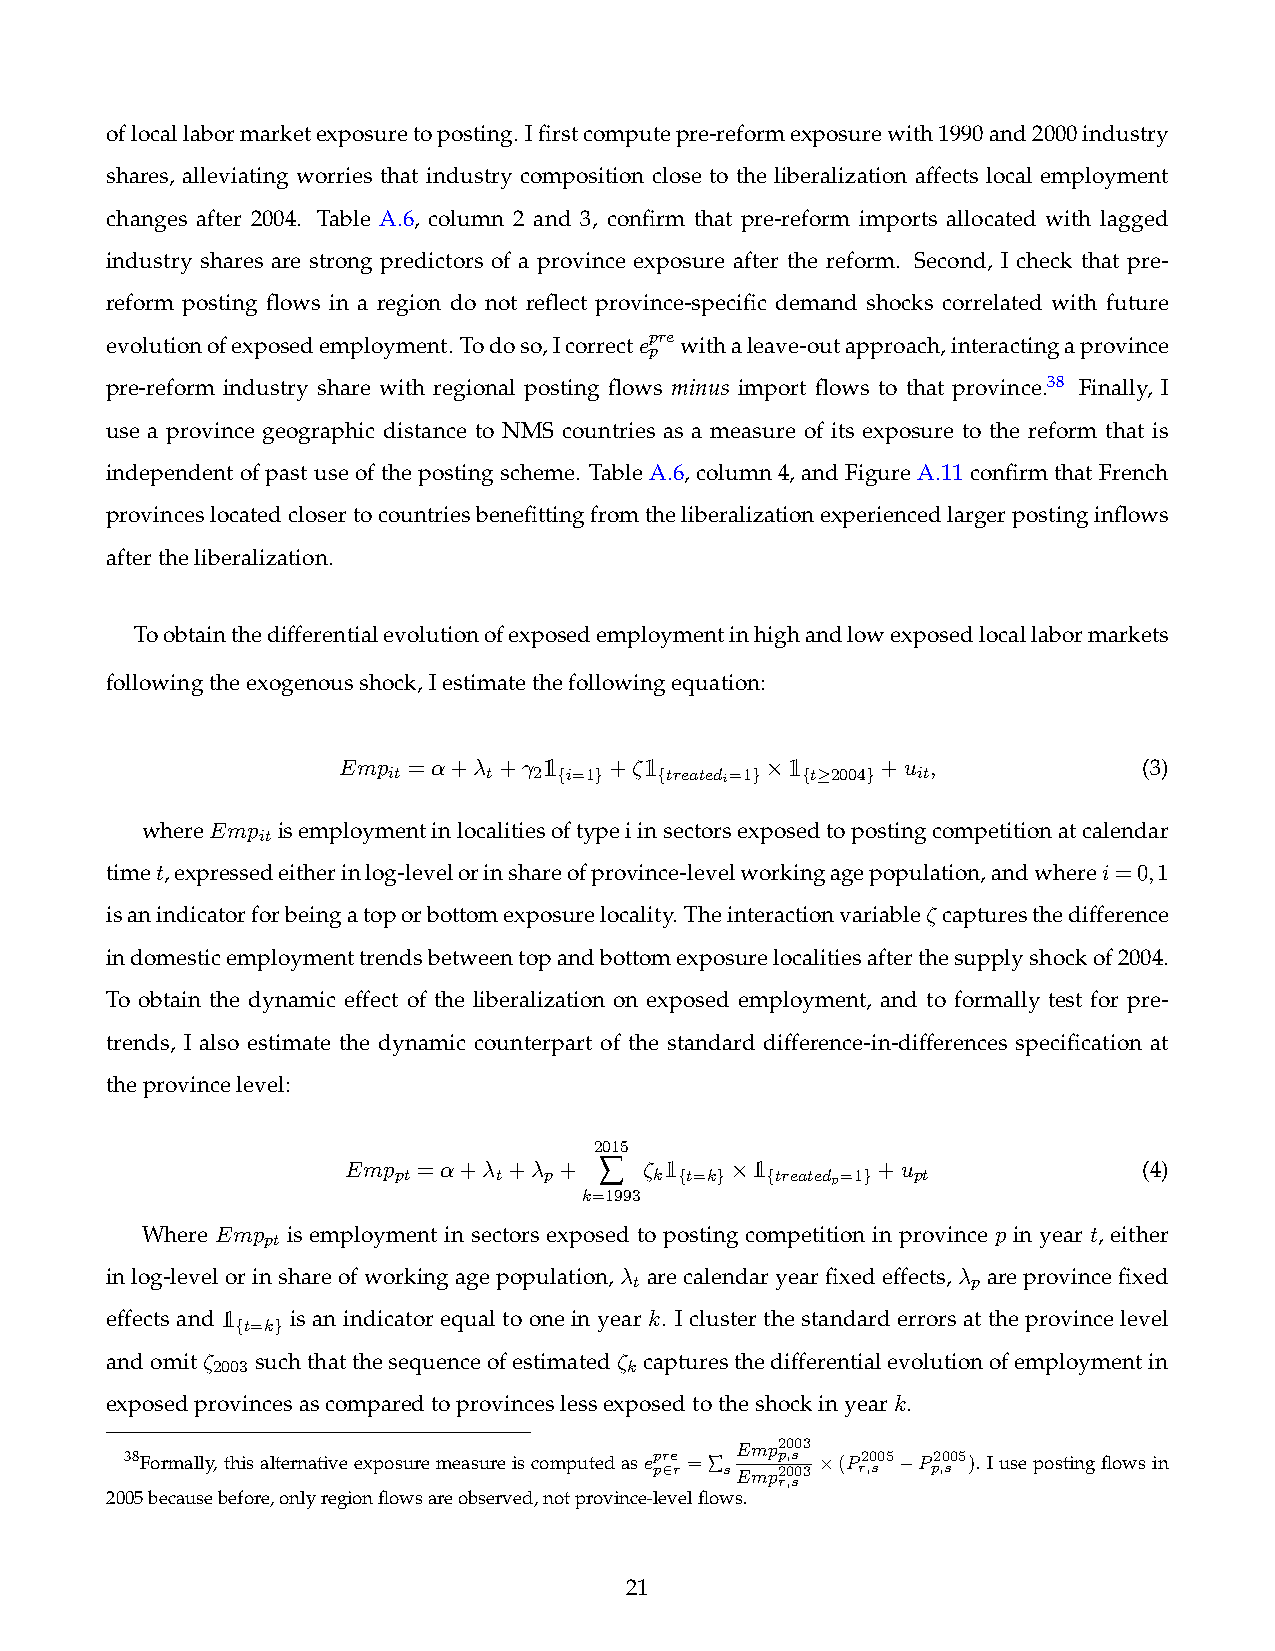
oflocallabormarketexposuretoposting. Ifirstcomputepre-reformexposurewith1990and2000industry
 shares, alleviating worries that industry composition close to the liberalization affects local employment
 changes after 2004. Table A.6, column 2 and 3, confirm that pre-reform imports allocated with lagged
 industry shares are strong predictors of a province exposure after the reform. Second, I check that pre-
 reform posting flows in a region do not reflect province-specific demand shocks correlated with future
 pre
 evolutionofexposedemployment. Todoso,Icorrecte withaleave-outapproach,interactingaprovince
 p
 pre-reform industry share with regional posting flows minus import flows to that province.38 Finally, I
 use a province geographic distance to NMS countries as a measure of its exposure to the reform that is
 independentofpastuseofthepostingscheme. TableA.6, column4, andFigureA.11confirmthatFrench
 provinceslocatedclosertocountriesbenefittingfromtheliberalizationexperiencedlargerpostinginflows
 aftertheliberalization.
 Toobtainthedifferentialevolutionofexposedemploymentinhighandlowexposedlocallabormarkets
 followingtheexogenousshock,Iestimatethefollowingequation:
 Emp  =↵+  +     +⇣                +u  ,             (3)
 it    t  2 {i=1 } {treatedi=1 }⇥ {t 2004 } it
 whereEmp isemploymentinlocalitiesoftypeiinsectorsexposedtopostingcompetitionatcalendar
 it
 timet,expressedeitherinlog-levelorinshareofprovince-levelworkingagepopulation,andwherei=0,1
 isanindicatorforbeingatoporbottomexposurelocality. Theinteractionvariable⇣ capturesthedifference
 indomesticemploymenttrendsbetweentopandbottomexposurelocalitiesafterthesupplyshockof2004.
 To obtain the dynamic effect of the liberalization on exposed employment, and to formally test for pre-
 trends, I also estimate the dynamic counterpart of the standard difference-in-differences specification at
 theprovincelevel:
 2015
 Emp  =↵+  + +  Â  ⇣              +u                (4)
 pt     t  p      k {t=k
 }⇥
 {treatedp=1
 }
 pt
 k=1993
 Where Emp is employment in sectors exposed to posting competition in province p in year t, either
 pt
 inlog-levelorinshareofworkingagepopulation, arecalendaryearfixedeffects, areprovincefixed
 t                     p
 effects and is an indicator equal to one in year k. I cluster the standard errors at the province level
 t=k
 { }
 andomit⇣  suchthatthesequenceofestimated⇣ capturesthedifferentialevolutionofemploymentin
 2003                       k
 exposedprovincesascomparedtoprovinceslessexposedtotheshockinyeark.
 Emp2003
 38Formally, thisalternativeexposuremeasureiscomputedasep pr 2e
 r
 =ÂsEmpp
 2
 r,0, ss
 03
 ⇥(P r2 ,0 s05 P p2 ,0 s05).Iusepostingflowsin
 2005becausebefore,onlyregionflowsareobserved,notprovince-levelflows.
 21